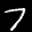
Label: 7